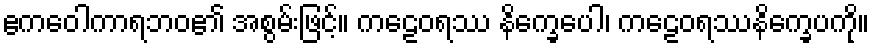
ဧကဝေါကာရဘဝ၏ အစွမ်းဖြင့်။ ကဠေဝရဿ နိက္ခေပေါ၊ ကဠေဝရဿနိက္ခေပကို။